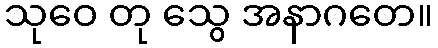
သုဝေ တု သွေ အနာဂတေ။